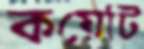
কয়েটি